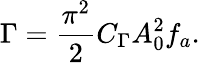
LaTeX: \Gamma=\frac{\pi^{2}}{2}C_{\Gamma}A_{0}^{2}f_{a}.